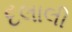
દલાલી